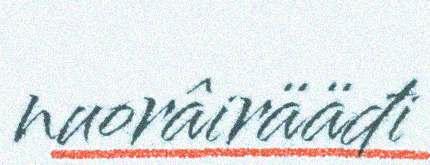
nuorâirääđi